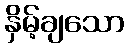
နှိမ့်ချသော